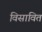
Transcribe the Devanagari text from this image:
विसावित